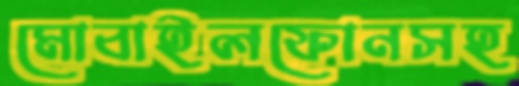
মোবাইলফোনসহ